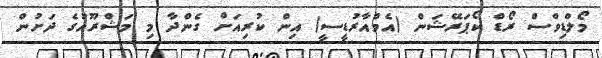
މޯލްޑިވްސް ރޯޑް ކޯޕަރޭޝަން (އެމްއާރުޑީސީ) އިން ކުރިއަށް ގެންދާ މި މަޝްރޫއުގެ ދަށުން